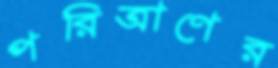
পরিত্রাণের